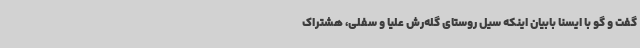
گفت و گو با ایسنا بابیان اینکه سیل روستای گله‌رش علیا و سفلی، هشتراک